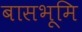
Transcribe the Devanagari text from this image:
बासभूमि